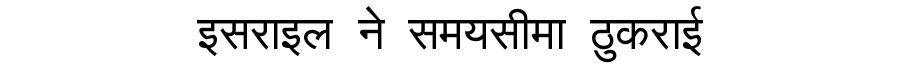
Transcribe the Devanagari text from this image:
इसराइल ने समयसीमा ठुकराई